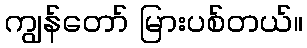
ကျွန်တော် မြားပစ်တယ်။